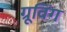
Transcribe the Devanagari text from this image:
ग्रूविंग